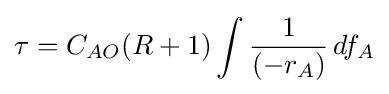
\tau =C_{AO}(R+1)\int {\frac {1}{(-r_{A})}}\,df_{A}